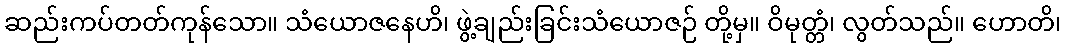
ဆည်းကပ်တတ်ကုန်သော။ သံယောဇနေဟိ၊ ဖွဲ့ချည်းခြင်းသံယောဇဉ် တို့မှ။ ဝိမုတ္တံ၊ လွတ်သည်။ ဟောတိ၊